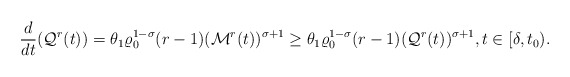
\begin{align*}\frac{d}{dt}(\mathcal{Q}^{r}(t)) = \theta_{1}\varrho_{0}^{1-\sigma}(r-1)(\mathcal{M}^{r}(t))^{\sigma+1} \ge \theta_{1}\varrho_{0}^{1-\sigma}(r-1)(\mathcal{Q}^{r}(t))^{\sigma+1},t\in[\delta,t_{0}).\end{align*}